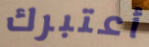
أعتبرك